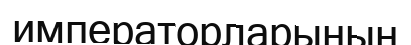
императорларының